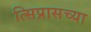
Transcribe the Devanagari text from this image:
त्सिप्रासच्या